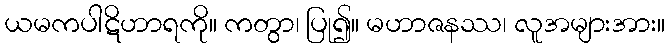
ယမကပါဋိဟာရကို။ ကတွာ၊ ပြု၍။ မဟာဇနဿ၊ လူအများအား။